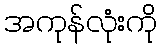
အကုန်လုံးကို